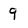
Character: 9